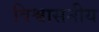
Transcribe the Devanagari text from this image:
विश्वासनीय